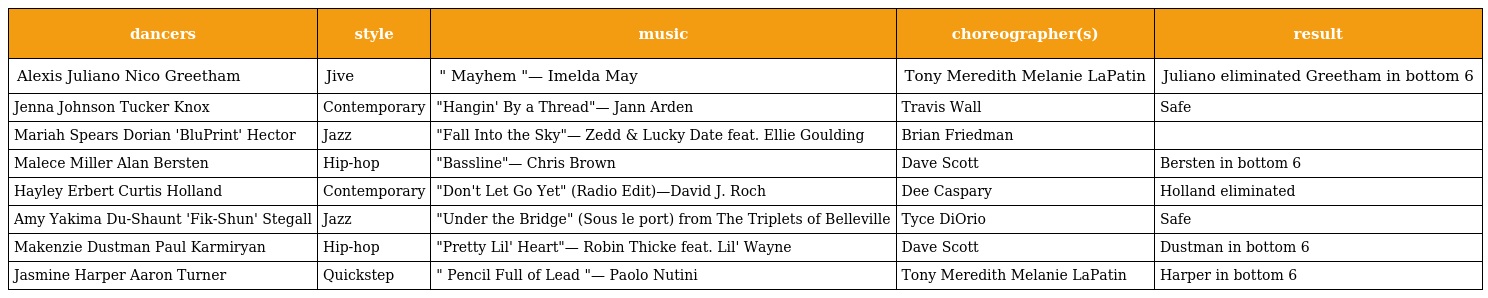
| dancers | style | music | choreographer(s) | result |
 | --- | --- | --- | --- | --- |
 | Alexis Juliano Nico Greetham | Jive | " Mayhem "— Imelda May | Tony Meredith Melanie LaPatin | Juliano eliminated Greetham in bottom 6 |
 | Jenna Johnson Tucker Knox | Contemporary | "Hangin' By a Thread"— Jann Arden | Travis Wall | Safe |
 | Mariah Spears Dorian 'BluPrint' Hector | Jazz | "Fall Into the Sky"— Zedd & Lucky Date feat. Ellie Goulding | Brian Friedman |  |
 | Malece Miller Alan Bersten | Hip-hop | "Bassline"— Chris Brown | Dave Scott | Bersten in bottom 6 |
 | Hayley Erbert Curtis Holland | Contemporary | "Don't Let Go Yet" (Radio Edit)—David J. Roch | Dee Caspary | Holland eliminated |
 | Amy Yakima Du-Shaunt 'Fik-Shun' Stegall | Jazz | "Under the Bridge" (Sous le port) from The Triplets of Belleville | Tyce DiOrio | Safe |
 | Makenzie Dustman Paul Karmiryan | Hip-hop | "Pretty Lil' Heart"— Robin Thicke feat. Lil' Wayne | Dave Scott | Dustman in bottom 6 |
 | Jasmine Harper Aaron Turner | Quickstep | " Pencil Full of Lead "— Paolo Nutini | Tony Meredith Melanie LaPatin | Harper in bottom 6 |